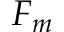
F _ { m }